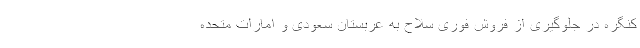
کنگره در جلوگیری از فروش فوری سلاح به عربستان سعودی و امارات متحده